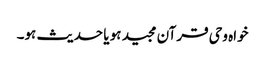
خواہ وحی قرآن مجید ہو یا حدیث ہو۔